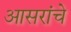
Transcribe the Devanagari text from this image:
आसरांचे